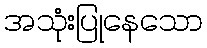
အသုံးပြုနေသော